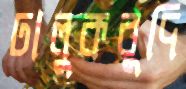
ঢালুকবুদি